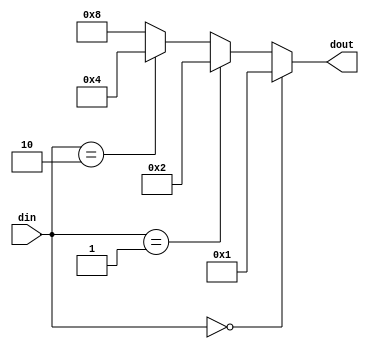
module decoder (
    input [1:0] din,
    output reg [3:0] dout
);

always @(din)
dout = (din == 2'b00)? 4'b0001 :
       (din == 2'b01)? 4'b0010 :
       (din == 2'b10)? 4'b0100 : 4'b1000;

endmodule